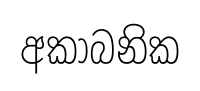
අකාබනික